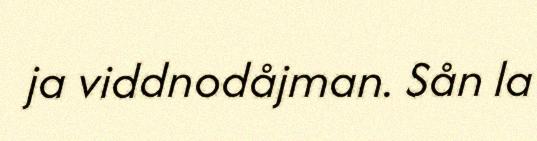
ja viddnodåjman. Sån la